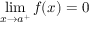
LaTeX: \lim _ { x \to a ^ { + } } f ( x ) = 0